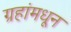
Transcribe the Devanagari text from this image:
ग्रहांमधून